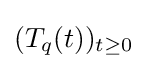
(T_{q}(t))_{t\geq 0}